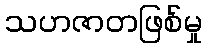
သဟဇာတဖြစ်မှု